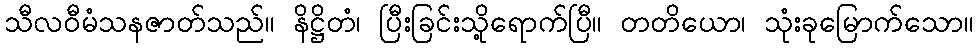
သီလဝီမံသနဇာတ်သည်။ နိဋ္ဌိတံ၊ ပြီးခြင်းသို့ရောက်ပြီ။ တတိယော၊ သုံးခုမြောက်သော။